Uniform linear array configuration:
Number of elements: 8
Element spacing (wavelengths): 0.25
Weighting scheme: exponential
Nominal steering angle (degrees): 0
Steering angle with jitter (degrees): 1.231
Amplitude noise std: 0.05
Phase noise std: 0.05

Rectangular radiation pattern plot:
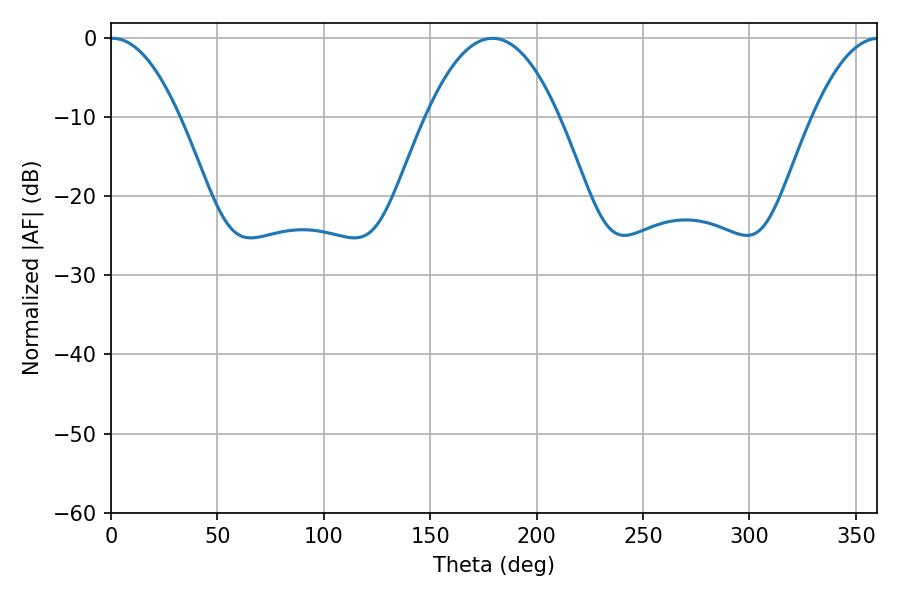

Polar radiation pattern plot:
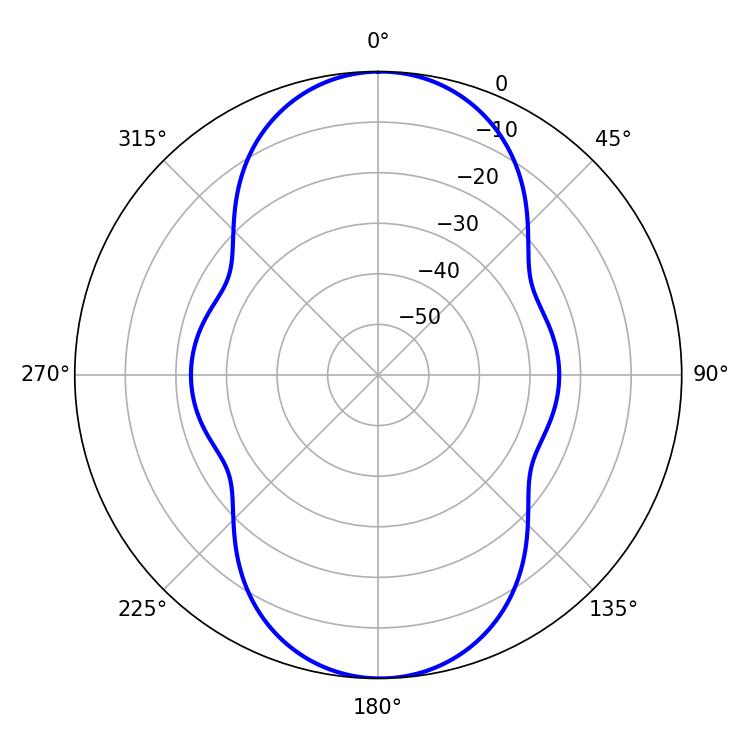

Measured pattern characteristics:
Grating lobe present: FALSE
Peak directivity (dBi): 20.8
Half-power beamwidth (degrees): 18
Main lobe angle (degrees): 0.72